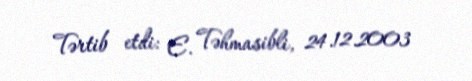
Tərtib etdi: E. Təhmasibli, 24.12.2003